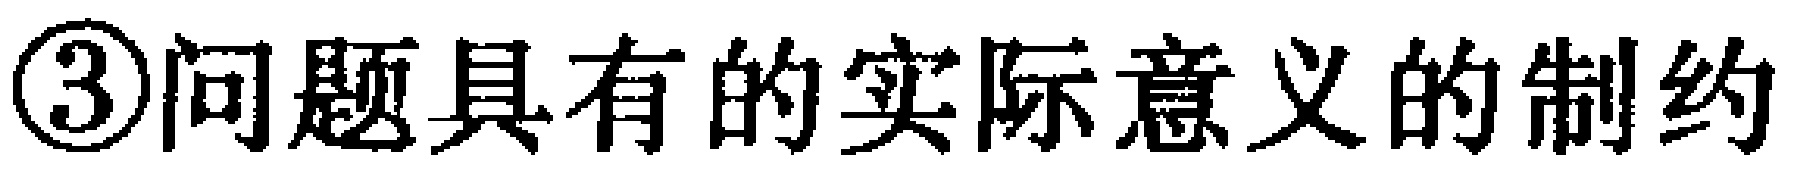
\textcircled{3}问题具有的实际意义的制约